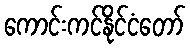
ကောင်းကင်နိုင်ငံတော်